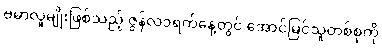
ဗမာလူမျိုးဖြစ်သည့် ဇွန်လ၁ရက်နေ့တွင် အောင်မြင်သူတစ်စုကို